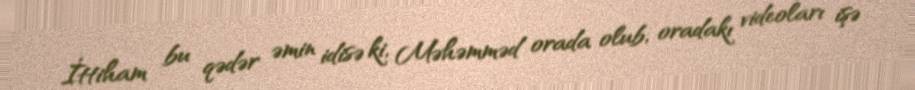
İttiham bu qədər əmin idisə ki, Məhəmməd orada olub, oradakı videoları işə